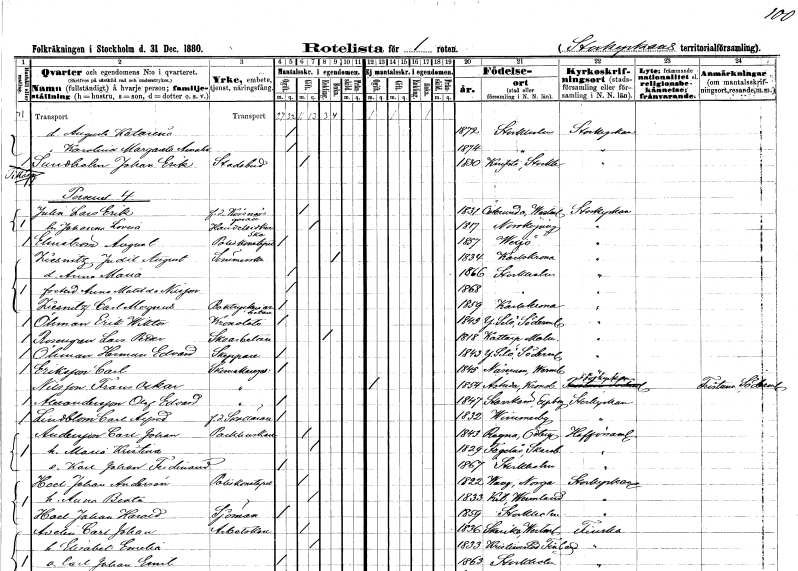
gt_parse: households: individuals: FN: Augusta Katarina
KON: K
CIV: O
FODAR: 1872
FODFORS: Stockholm
FN: Karolina Margareta Amalia
KON: K
CIV: O
FODAR: 1874
FODFORS: Stockholm
FN: Johan Erik
EN: Sundholm
YRKE: Stadsbud
KON: M
CIV: G
FODAR: 1830
FODFORS: Knivsta Uppsala län
FN: Lars Erik
EN: Julin
YRKE: Körsnärsgesäll f.d.
KON: M
CIV: G
FODAR: 1831
FODFORS: Österunda Uppsala län
FN: Johanna Lovisa
YRKE: Handelsidkerska
KON: K
CIV: G
FODAR: 1817
FODFORS: Norrköping Östergötlands län
FN: August
EN: Elmström
YRKE: Poliskonstapel
KON: M
CIV: O
FODAR: 1857
FODFORS: Växjö Kronobergs län
FN: Judit Augusta
EN: Ziesnitz
YRKE: Sömmerska
KON: K
CIV: E
FODAR: 1834
FODFORS: Karlskrona Blekinge län
FN: Anna Maria
KON: K
CIV: O
FODAR: 1866
FODFORS: Stockholm
FN: Anna Matilda
EN: Nilsson
KON: K
CIV: O
FODAR: 1868
FODFORS: Stockholm
FN: Carl Magnus
EN: Ziesnitz
YRKE: Boktryckeriarbetare
KON: M
CIV: O
FODAR: 1859
FODFORS: Karlskrona Blekinge län
FN: Erik Wiktor
EN: Öhman
YRKE: Kronolots
KON: M
CIV: O
FODAR: 1843
FODFORS: Ytterselö Södermanlands län
FN: Lars Petter
EN: Rosengren
YRKE: Skoarbetare
KON: M
CIV: E
FODAR: 1818
FODFORS: Kattarp Malmöhus län
FN: Herman Edvard
EN: Öhman
YRKE: Skeppare
KON: M
CIV: O
FODAR: 1843
FODFORS: Ytterselö Södermanlands län
FN: Carl
EN: Eriksson
YRKE: Skomakaregesäll
KON: M
CIV: O
FODAR: 1845
FODFORS: Näsräm Värmlands län
FN: Frans Oskar
EN: Nilsson
YRKE: Skomakaregesäll
KON: M
CIV: O
FODAR: 1854
FODFORS: Åseda Kronobergs län
FN: Olof Edvard
EN: Alnadersson
YRKE: Skomakaregesäll
KON: M
CIV: O
FODAR: 1847
FODFORS: Starrkärr Älvsborgs län
FN: Carl Alfred
EN: Lindblom
YRKE: Skolläraref.d.
KON: M
CIV: O
FODAR: 1832
FODFORS: Vimmerby Kalmar län
FN: Carl Johan
EN: Andersson
YRKE: Packhuskarl
KON: M
CIV: G
FODAR: 1843
FODFORS: Regna Östergötlands län
FN: Maria Kristina
KON: K
CIV: G
FODAR: 1829
FODFORS: Fågelås Skaraborgs län
FN: Karl Johan Ferdinand
KON: M
CIV: O
FODAR: 1867
FODFORS: Stockholm
FN: Johan
EN: Hoel Andersén
YRKE: Poliskonstapel
KON: M
CIV: G
FODAR: 1822
FN: Anna Beata
KON: K
CIV: G
FODAR: 1833
FODFORS: Kil Värmlands län
FN: Johan Harald
EN: Hoel
YRKE: Sjöman
KON: M
CIV: O
FODAR: 1859
FODFORS: Stockholm